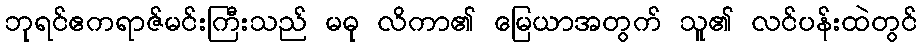
ဘုရင်ဧကရာဇ်မင်းကြီးသည် မဓု လိကာ၏ မြေယာအတွက် သူ၏ လင်ပန်းထဲတွင်